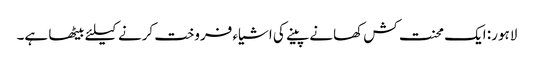
لاہور: ایک محنت کش کھانے پینے کی اشیاء فروخت کرنے کیلئے بیٹھا ہے۔